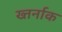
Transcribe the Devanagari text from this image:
ख्तर्नाक